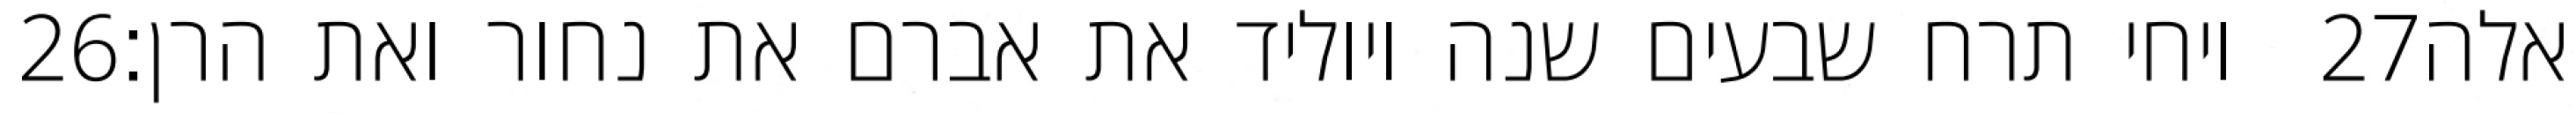
‎26‏ ויחי תרח שבעים שנה ויוליד את אברם את נחור ואת הרן׃ ‎27‏ אלה